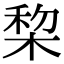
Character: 棃